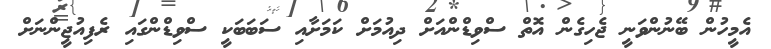
އެމީހުން ބޭނުންވަނީ ޖެހިގެން އޮތް ސްވިޑްންއަށް ދިއުމަށް ކަމަށާއި ސަބަބަކީ ސްވިޑްންގައި ރެފިއުޖީންނަށް